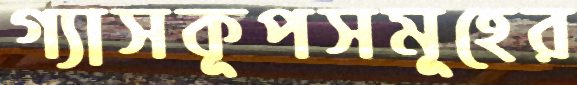
গ্যাসকূপসমূহের